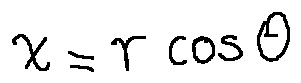
x = r \cos \theta